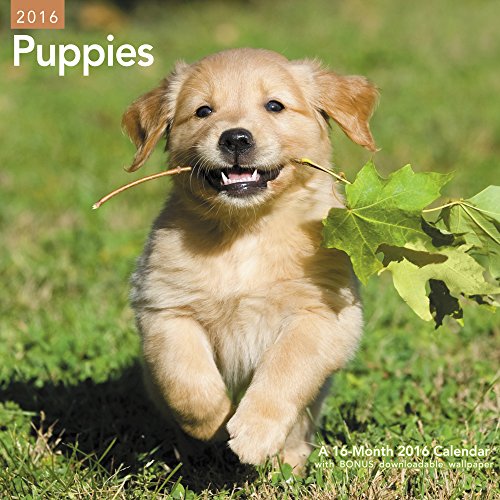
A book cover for Puppies Wall Calendar (2016); Mead; Calendars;